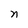
Character: n